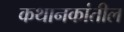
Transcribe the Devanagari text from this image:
कथानकांतील